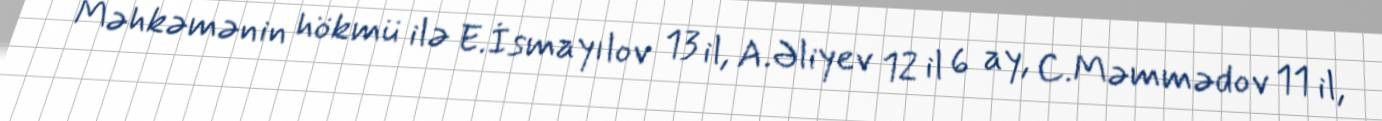
Məhkəmənin hökmü ilə E.İsmayılov 13 il, A.Əliyev 12 il 6 ay, C.Məmmədov 11 il,